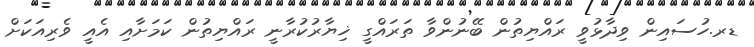
ޑރ.ހުސައިން ވިދާޅުވީ ރައްޔިތުން ބޭނުންވާ ތަރައްގީ ޚިޔާރުކުރާނީ ރައްޔިތުން ކަމަށާއި އެއީ ވެރިއަކަށް